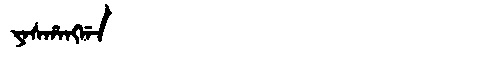
Manchu: ᠶᠠᠰᡥᠠᠩᡤᠠ
Romanization: YASHANGGA